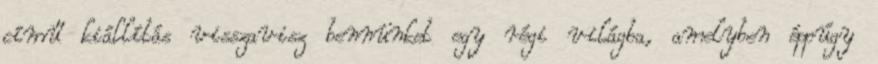
című kiállítás visszavisz bennünket egy régi világba, amelyben éppúgy